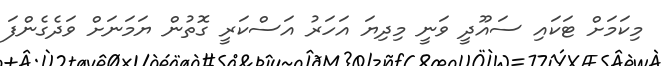
މިކަމަށް ޓަކައި ސައޫދީ ވަނީ މިދިޔަ އަހަރު އަސްކަރީ ގޮތުން ޔަމަނަށް ވަދެގެންފަ